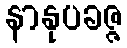
နာနုပခဇ္ဇ